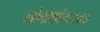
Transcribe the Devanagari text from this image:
लोबोथांगजवळ